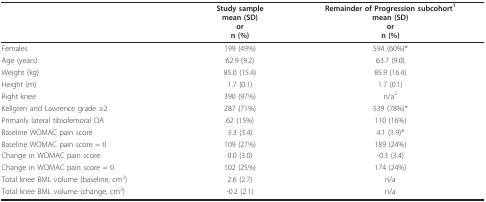
<table><thead><tr><td></td><td><b>Study samplemean (SD)orn (%)</b></td><td><b>Remainder of Progression subcohort<sup>1</sup>mean (SD)orn (%)</b></td></tr></thead><tbody><tr><td>Females</td><td>199 (49%)</td><td>594 (60%)*</td></tr><tr><td>Age (years)</td><td>62.9 (9.2)</td><td>63.7 (9.0)</td></tr><tr><td>Weight (kg)</td><td>85.0 (15.4)</td><td>85.9 (16.4)</td></tr><tr><td>Height (m)</td><td>1.7 (0.1)</td><td>1.7 (0.1)</td></tr><tr><td>Right knee</td><td>390 (97%)</td><td>n/a<sup>2</sup></td></tr><tr><td>Kellgren and Lawrence grade ≥2</td><td>287 (71%)</td><td>539 (78%)*</td></tr><tr><td>Primarily lateral tibiofemoral OA</td><td>62 (15%)</td><td>110 (16%)</td></tr><tr><td>Baseline WOMAC pain score</td><td>3.3 (3.4)</td><td>4.1 (3.9)*</td></tr><tr><td>Baseline WOMAC pain score = 0</td><td>109 (27%)</td><td>189 (24%)</td></tr><tr><td>Change in WOMAC pain score</td><td>0.0 (3.0)</td><td>-0.3 (3.4)</td></tr><tr><td>Change in WOMAC pain score = 0</td><td>102 (25%)</td><td>174 (24%)</td></tr><tr><td>Total knee BML volume (baseline; cm<sup>3</sup>)</td><td>2.6 (2.7)</td><td>n/a</td></tr><tr><td>Total knee BML volume (change; cm<sup>3</sup>)</td><td>-0.2 (2.1)</td><td>n/a</td></tr></tbody></table>